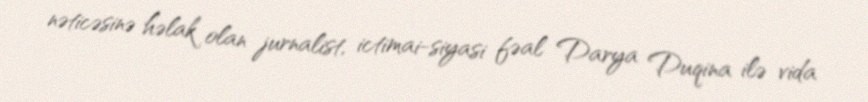
nəticəsinə həlak olan jurnalist, ictimai-siyasi fəal Darya Duqina ilə vida